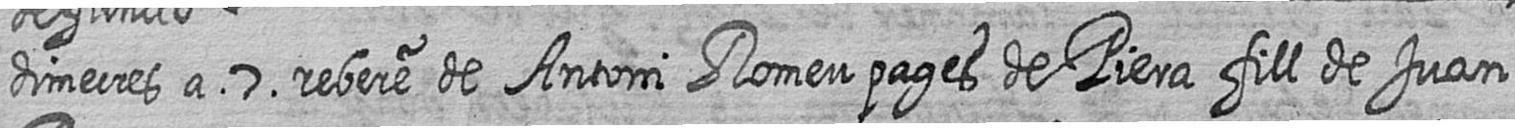
dimecres a 7 rebere de Antoni Romeu pages de Piera fill de Juan